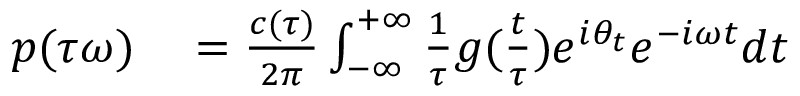
\begin{array} { r l } { p ( \tau \omega ) } & { { } = \frac { c ( \tau ) } { 2 \pi } \int _ { - \infty } ^ { + \infty } \frac { 1 } { \tau } g ( \frac { t } { \tau } ) e ^ { i \theta _ { t } } e ^ { - i \omega t } d t } \end{array}